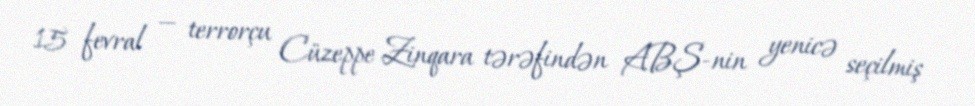
15 fevral — terrorçu Cüzeppe Zinqara tərəfindən ABŞ-nin yenicə seçilmiş